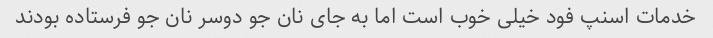
خدمات اسنپ فود خیلی خوب است اما به جای نان جو دوسر نان جو فرستاده بودند